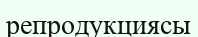
репродукциясы